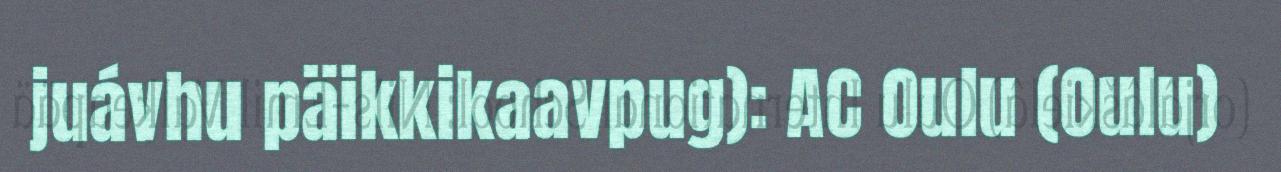
juávhu päikkikaavpug): AC Oulu (Oulu)